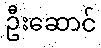
ဦးဆောင်